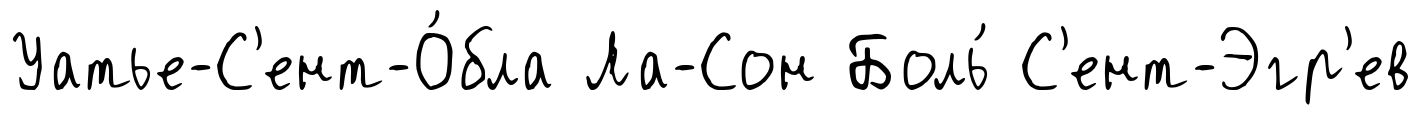
Уатье-С'ент-О́бла Ла-Сон Боль́ С'ент-Эгр'ев